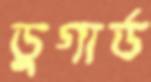
ডুগার্ড